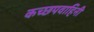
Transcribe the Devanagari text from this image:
कच्छपवाहिनी